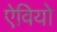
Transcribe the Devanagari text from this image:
ऐवियो